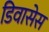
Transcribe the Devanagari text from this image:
डिवासेस